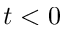
t < 0